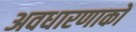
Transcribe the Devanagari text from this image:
अवधारणाकों